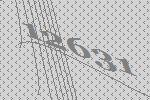
12631